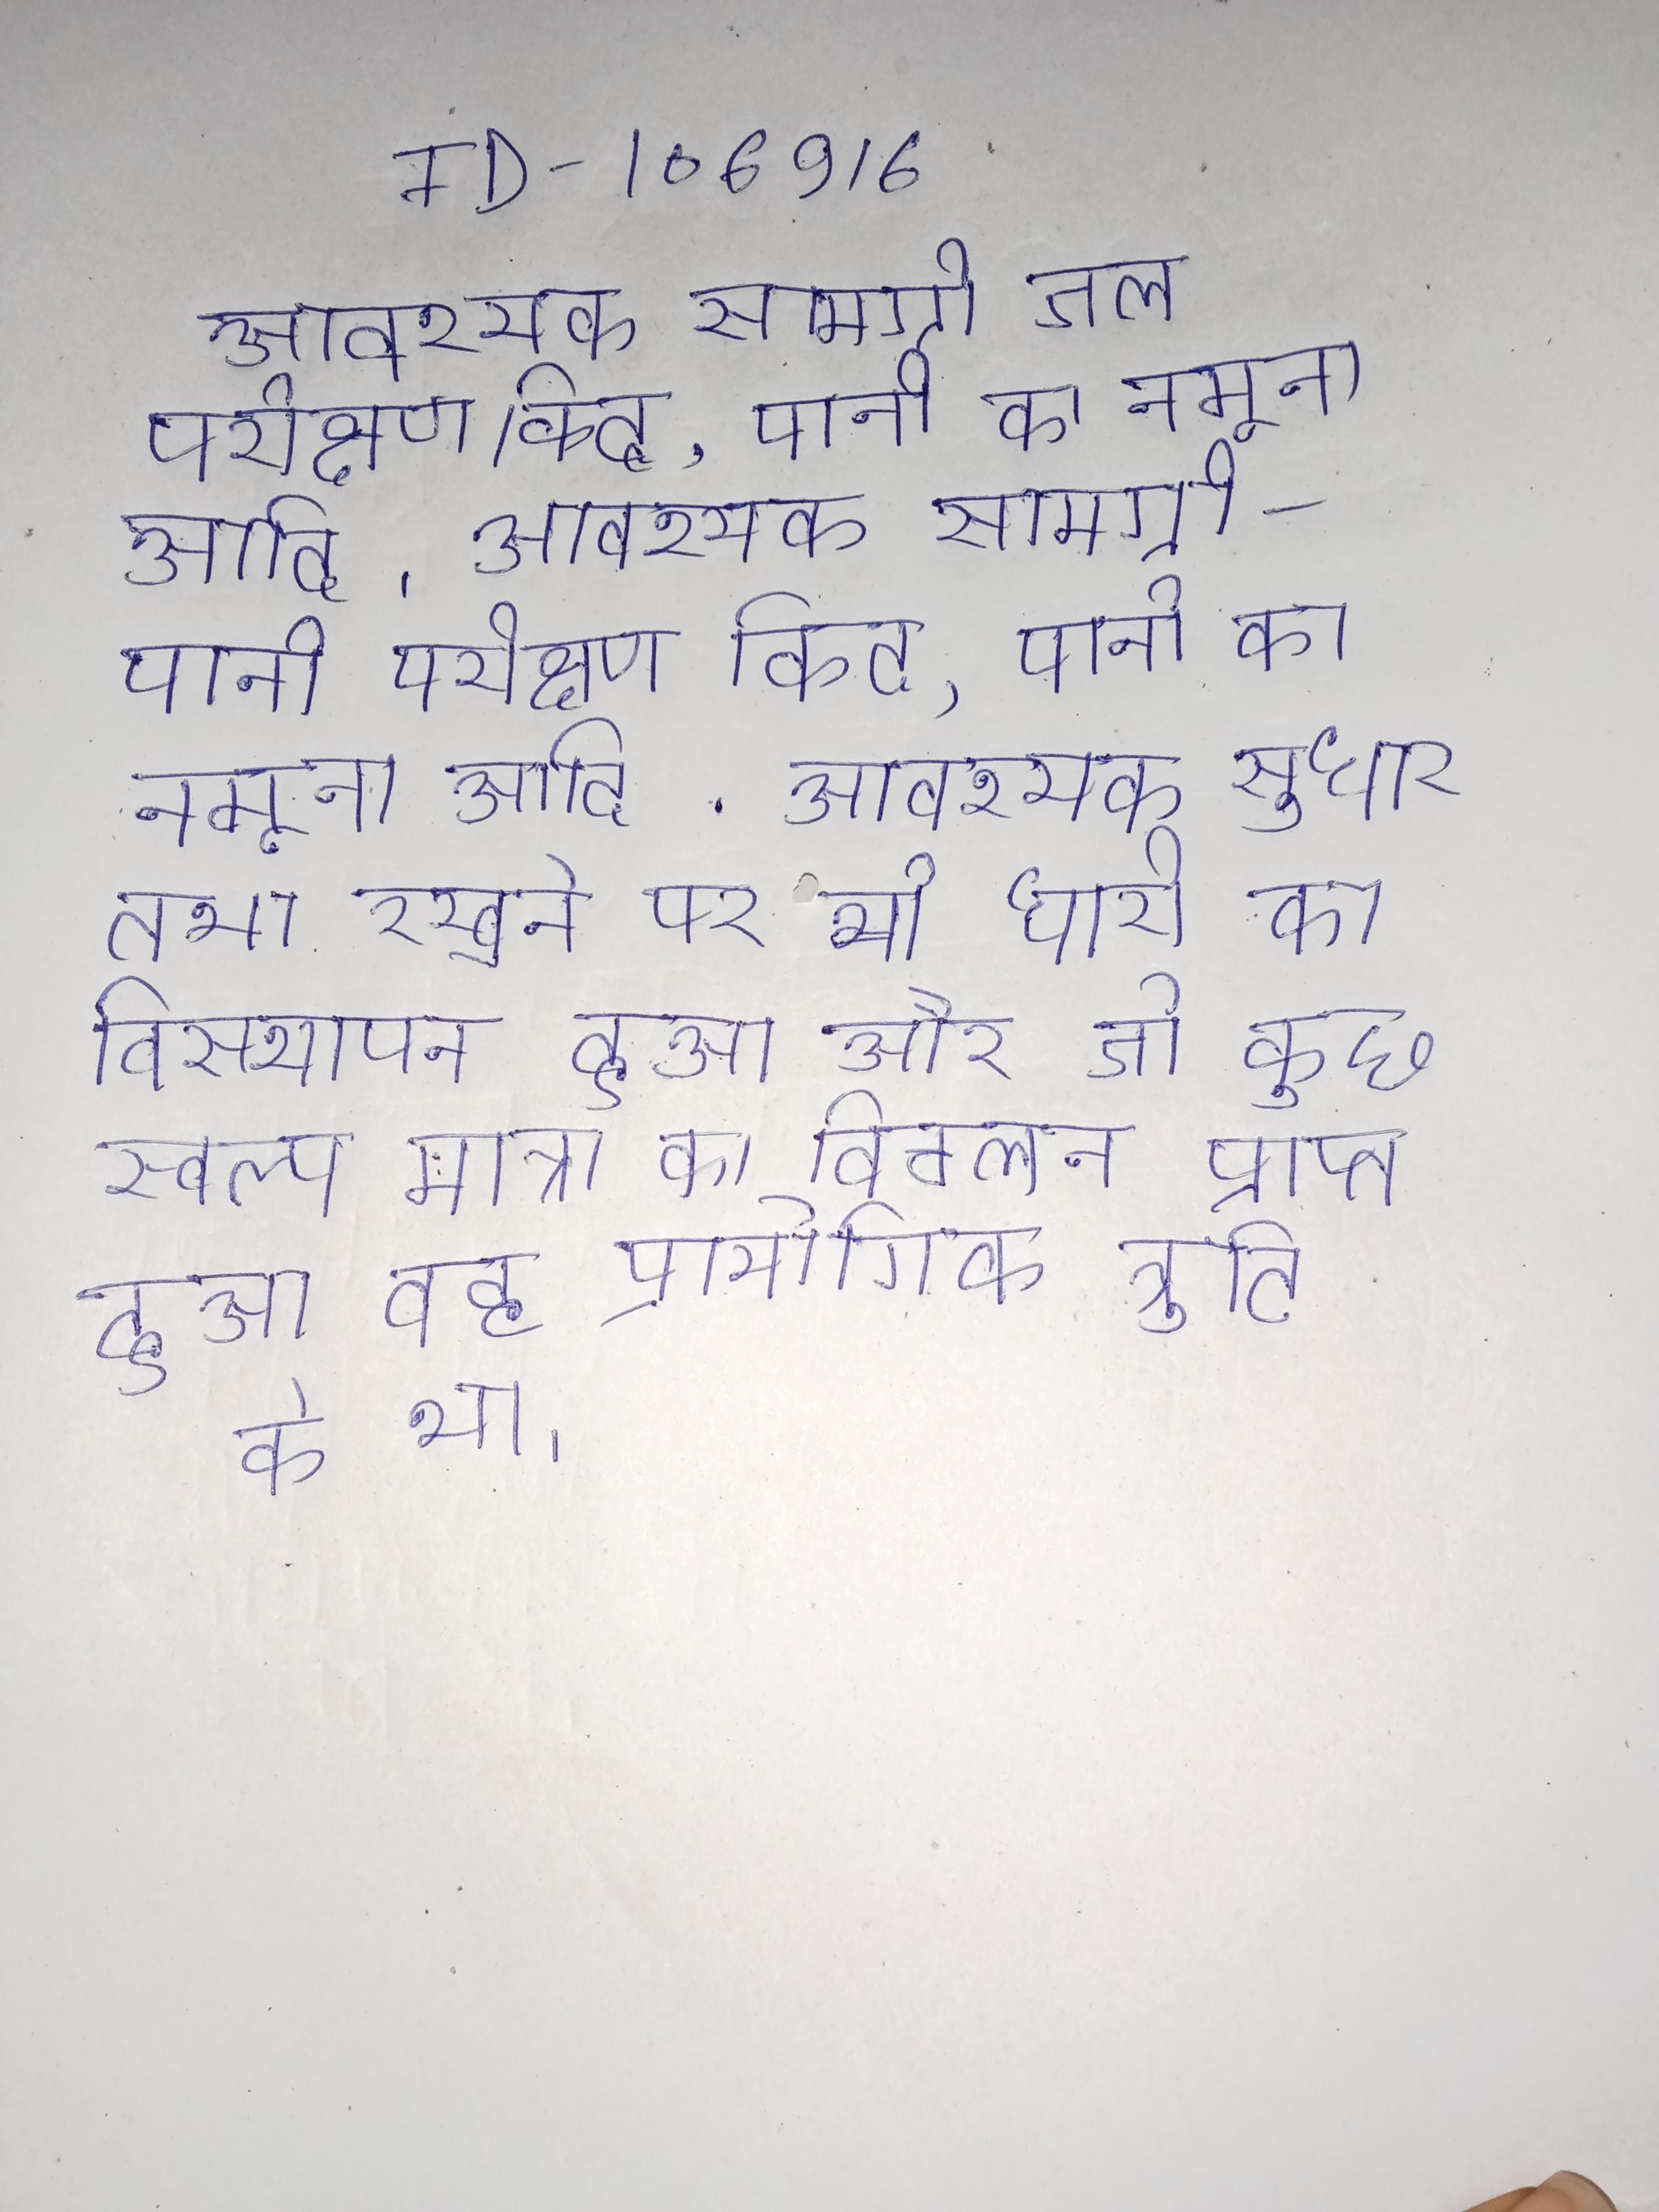
आवश्यक सामग्री- जल परीक्षण किट, पानी का नमूना आदि । आवश्यक सामग्री- पानी परीक्षण किट, पानी का नमूना आदि . आवश्यक सुधार तथा रखने पर भी धारी का विस्थापन हुआ और जो कुछ स्वल्प मात्रा का विचलन प्राप्त हुआ वह प्रायोगिक त्रुटि के था ।